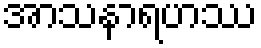
အာသနာရဟဿ